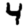
Digit: 4